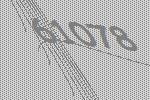
61078